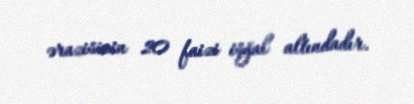
ərazisinin 20 faizi işğal altındadır.